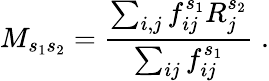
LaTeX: M_{s_{1}s_{2}}=\frac{\sum_{i,j}f_{ij}^{s_{1}}R_{j}^{s_{2}}}{\sum_{ij}f_{ij}^{s_{1}}}\; .